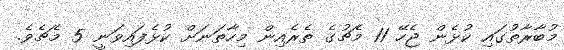
މުބާރާތުގައި ކުޅެން ޖެހޭ 11 މެޗުގެ ތެރެއިން މިހާތަނަށް ކުޅެފައިވަނީ 5 މެޗެވެ.